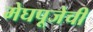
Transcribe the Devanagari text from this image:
मेघपूजेची